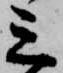
三